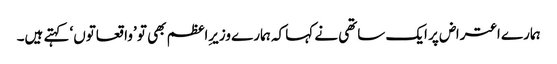
ہمارے اعتراض پر ایک ساتھی نے کہا کہ ہمارے وزیرِاعظم بھی تو ’واقعاتوں‘ کہتے ہیں۔